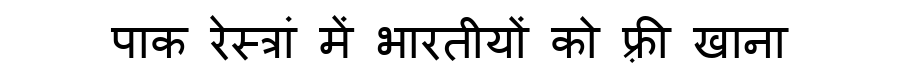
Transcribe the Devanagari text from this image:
पाक रेस्त्रां में भारतीयों को फ़्री खाना